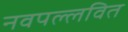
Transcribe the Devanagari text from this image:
नवपल्लवित